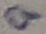
Text: 9